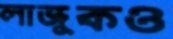
লাজুকও